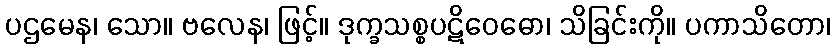
ပဌမေန၊ သော။ ဗလေန၊ ဖြင့်။ ဒုက္ခသစ္စပဋိဝေဓော၊ သိခြင်းကို။ ပကာသိတော၊